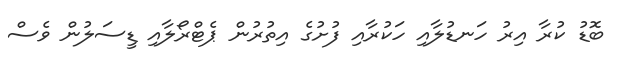
ބޮޑު ކުރާ އިރު ހަނޑުލާއި ހަކުރާއި ފުށުގެ އިތުރުން ޕެޓްރޯލާއި ޑީސަލުން ވެސް